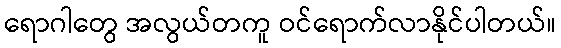
ရောဂါတွေ အလွယ်တကူ ဝင်ရောက်လာနိုင်ပါတယ်။